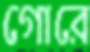
গোরে